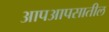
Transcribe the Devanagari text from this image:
आपआपसातील